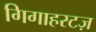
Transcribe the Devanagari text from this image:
गिगाहरटज़